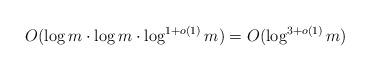
LaTeX: \begin{align*}O(\log{m}\cdot\log{m}\cdot\log^{1+o(1)}{m})=O(\log^{3+o(1)}{m})\end{align*}